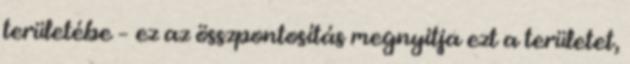
területébe – ez az összpontosítás megnyitja ezt a területet,